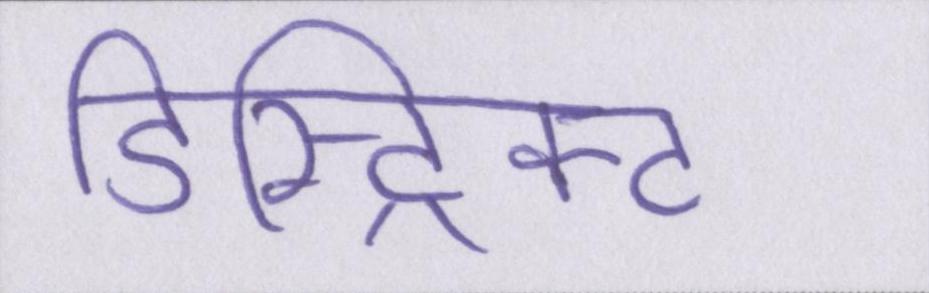
डिस्ट्रिक्ट